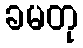
ခမတု